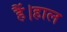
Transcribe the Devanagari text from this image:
हैं।हाल